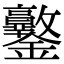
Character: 𨰩